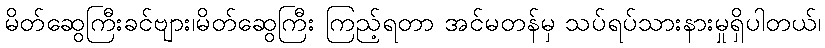
မိတ်ဆွေကြီးခင်ဗျား၊မိတ်ဆွေကြီး ကြည့်ရတာ အင်မတန်မှ သပ်ရပ်သားနားမှုရှိပါတယ်၊